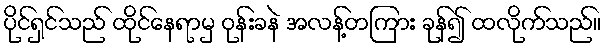
ပိုင်ရှင်သည် ထိုင်နေရာမှ ဝုန်းခနဲ အလန့်တကြား ခုန်၍ ထလိုက်သည်။